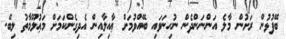
ބޭފުޅުން ރަށުން މާލެ އަންނަންދެން ނުހިނަވައި ބޭއްވުމަށް ޢާއިލާއިން އެދިގެންކަމަށް މަޢުލޫމާތު ލިބޭ.